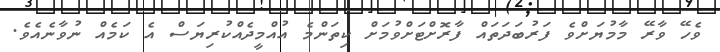
ވެހޭ ވާރޭ މާމުޔަށްވެ ފަރުބަދަތައް ފާރޮށްޓަށްވުމަށް ކިތަންމެ އުއްމީދެއްކުރިޔަސް އެ ކަމެއް ނުވާނެއެވެ.